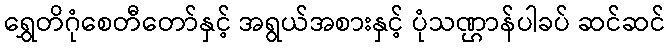
ရွှေတိဂုံစေတီတော်နှင့် အရွယ်အစားနှင့် ပုံသဏ္ဌာန်ပါခပ် ဆင်ဆင်